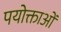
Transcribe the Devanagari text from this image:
पयोक्ताओं